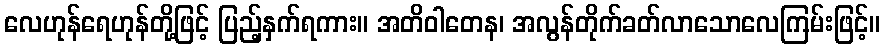
လေဟုန်ရေဟုန်တို့ဖြင့် ပြည့်နှက်ရကား။ အတိဝါတေန၊ အလွန်တိုက်ခတ်လာသောလေကြမ်းဖြင့်။